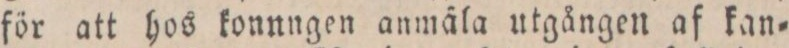
för att hos konnngen anmäla utgången af kan=